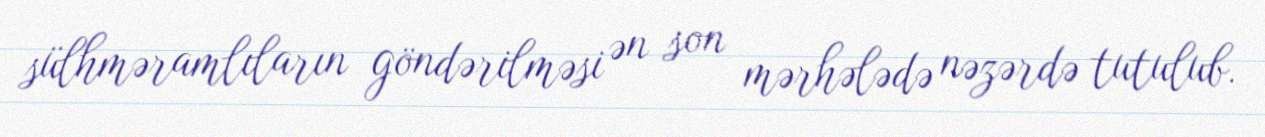
sülhməramlıların göndərilməsi ən son mərhələdə nəzərdə tutulub.